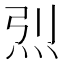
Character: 𱪼